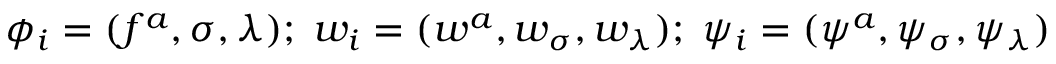
\phi _ { i } = ( f ^ { a } , \sigma , \lambda ) ; \; w _ { i } = ( w ^ { a } , w _ { \sigma } , w _ { \lambda } ) ; \; \psi _ { i } = ( \psi ^ { a } , \psi _ { \sigma } , \psi _ { \lambda } )